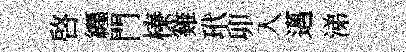
啟纒門榛雞玳卯入邁涕